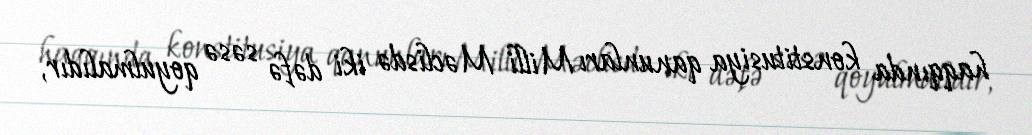
haqqında konstitusiya qanunları Milli Məclisdə iki dəfə səsə qoyulmalıdır,